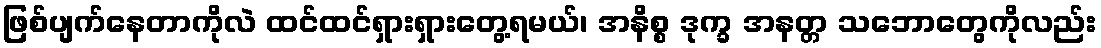
ဖြစ်ပျက်နေတာကိုလဲ ထင်ထင်ရှားရှားတွေ့ရမယ်၊ အနိစ္စ ဒုက္ခ အနတ္တ သဘောတွေကိုလည်း